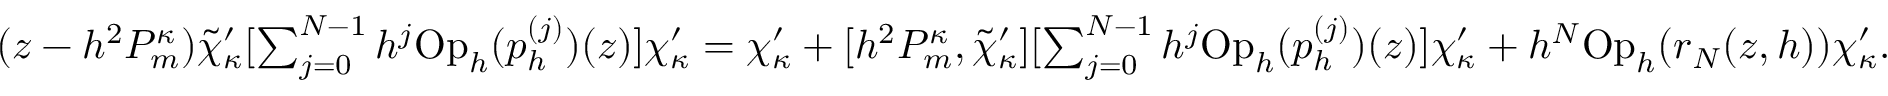
\begin{array} { r } { ( z - h ^ { 2 } P _ { m } ^ { \kappa } ) \tilde { \chi } _ { \kappa } ^ { \prime } [ \sum _ { j = 0 } ^ { N - 1 } h ^ { j } \mathrm { O p } _ { h } ( p _ { h } ^ { ( j ) } ) ( z ) ] \chi _ { \kappa } ^ { \prime } = \chi _ { \kappa } ^ { \prime } + [ h ^ { 2 } P _ { m } ^ { \kappa } , \tilde { \chi } _ { \kappa } ^ { \prime } ] [ \sum _ { j = 0 } ^ { N - 1 } h ^ { j } \mathrm { O p } _ { h } ( p _ { h } ^ { ( j ) } ) ( z ) ] \chi _ { \kappa } ^ { \prime } + h ^ { N } \mathrm { O p } _ { h } ( r _ { N } ( z , h ) ) \chi _ { \kappa } ^ { \prime } . } \end{array}